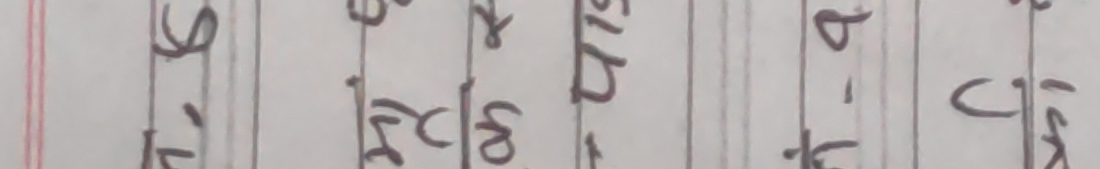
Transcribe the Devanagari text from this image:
५,१६ ३८ र
५७३
÷-क
जी